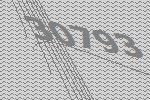
30793